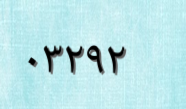
٠٣٢٩٢